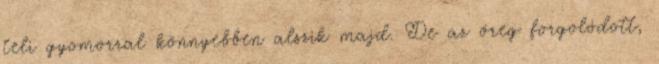
teli gyomorral könnyebben alszik majd. De az öreg forgolódott,